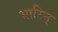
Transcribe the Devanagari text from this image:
भारिन्‌